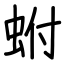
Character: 蚹